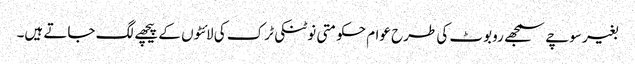
بغیر سوچے سمجھے روبوٹ کی طرح عوام حکومتی نوٹنکی ٹرک کی لائٹوں کے پیچھے لگ جاتے ہیں۔